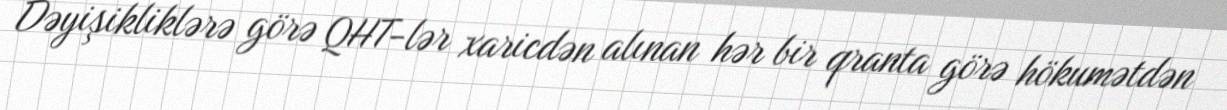
Dəyişikliklərə görə QHT-lər xaricdən alınan hər bir qranta görə hökumətdən